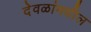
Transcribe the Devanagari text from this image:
देवळांमधील